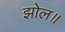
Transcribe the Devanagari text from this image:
झोल॥